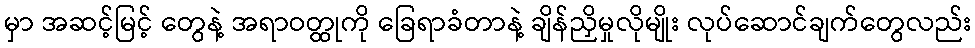
မှာ အဆင့်မြင့် တွေနဲ့ အရာဝတ္ထုကို ခြေရာခံတာနဲ့ ချိန်ညှိမှုလိုမျိုး လုပ်ဆောင်ချက်တွေလည်း